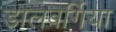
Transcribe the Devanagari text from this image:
डालबर्गिया